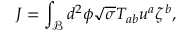
J = \int _ { \mathcal { B } } d ^ { 2 } \phi \sqrt { \sigma } T _ { a b } u ^ { a } \zeta ^ { b } ,